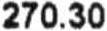
270.30